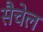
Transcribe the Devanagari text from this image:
सैचेल